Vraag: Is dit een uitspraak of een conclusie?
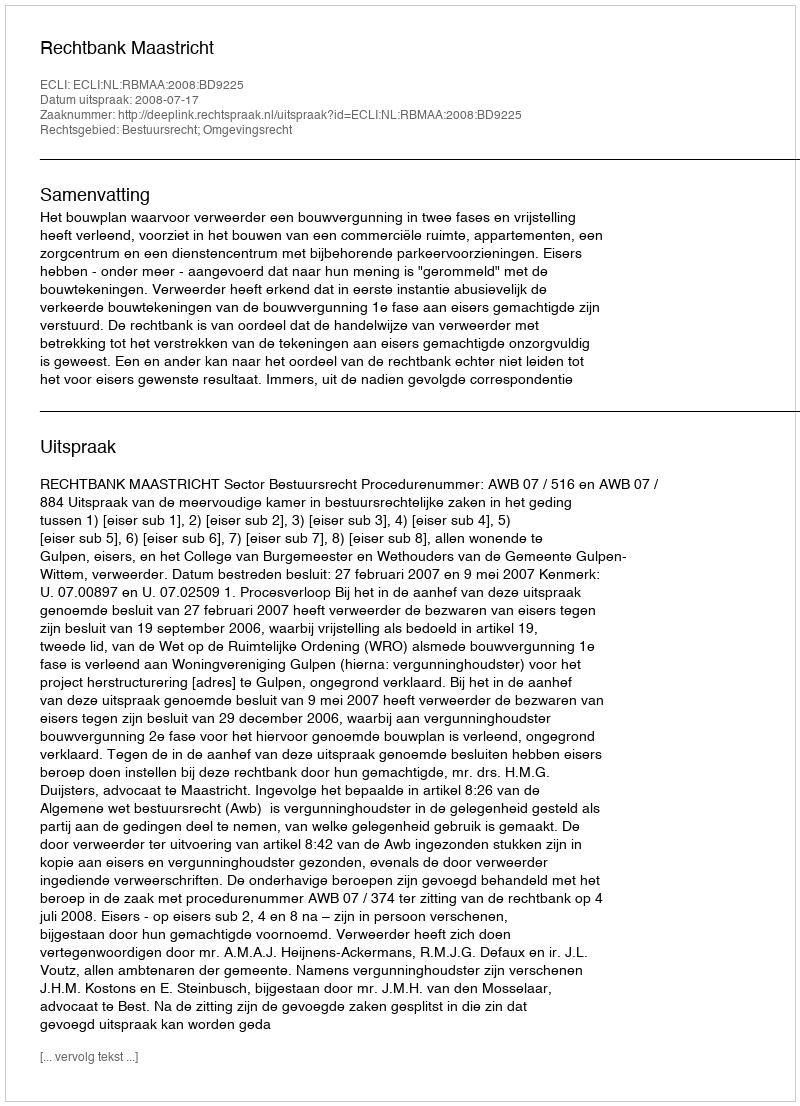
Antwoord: Uitspraak